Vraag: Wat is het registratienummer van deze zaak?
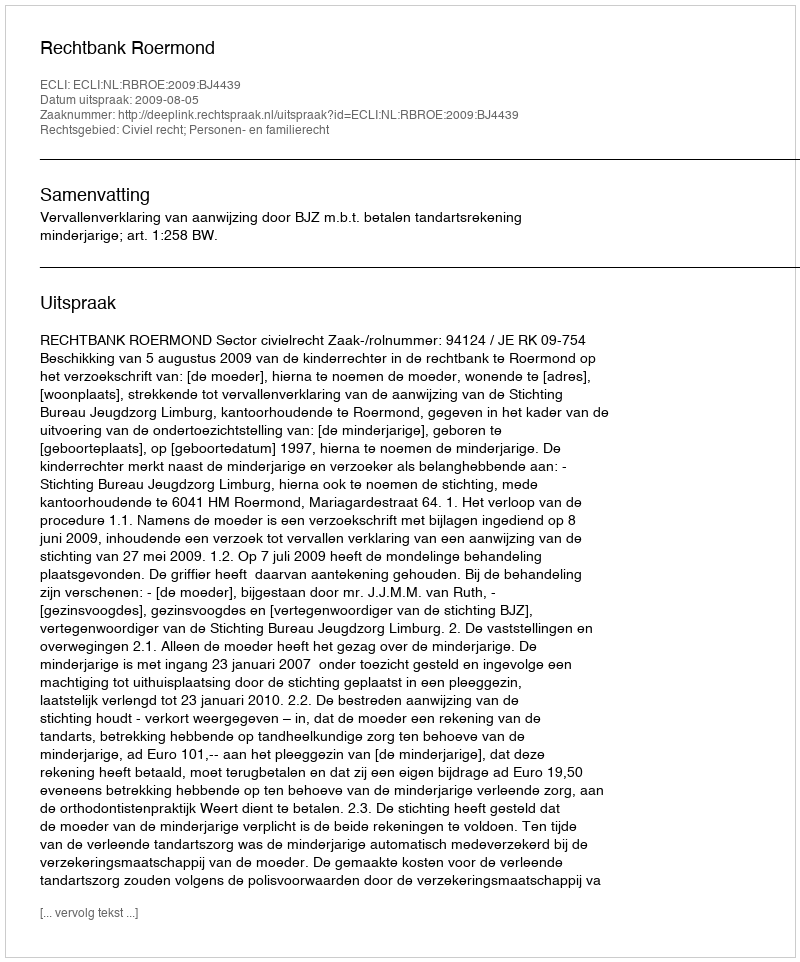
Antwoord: http://deeplink.rechtspraak.nl/uitspraak?id=ECLI:NL:RBROE:2009:BJ4439